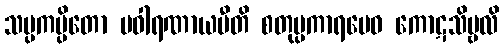
သမ္ပကမ္ပိတော ပဝါရဏာယပီတိ စတုပ္ပကာရမေဝ ကောဋသိမ္ဗလိ